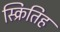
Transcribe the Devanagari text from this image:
स्क्रितिह